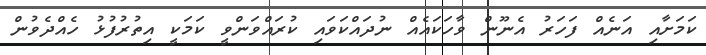
ކަމަށާއި އަނެއް ފަހަރު އެނޫން ވާހަކައެއް ނުދައްކަވައި ކުރައްވަންވީ ކަމަކީ އިތުރުފުޅު ހެއްދެވުން